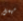
مهمل